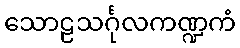
သောဠသင်္ဂုလကဏ္ဍကံ